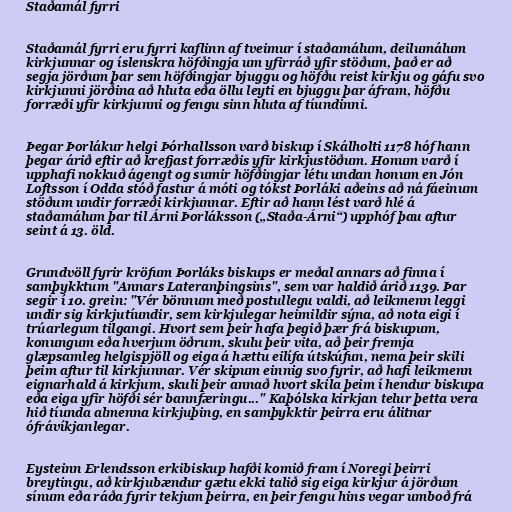
Staðamál fyrri

Staðamál fyrri eru fyrri kaflinn af tveimur í staðamálum, deilumálum
kirkjunnar og íslenskra höfðingja um yfirráð yfir stöðum, það er að
segja jörðum þar sem höfðingjar bjuggu og höfðu reist kirkju og gáfu svo
kirkjunni jörðina að hluta eða öllu leyti en bjuggu þar áfram, höfðu
forræði yfir kirkjunni og fengu sinn hluta af tíundinni.

Þegar Þorlákur helgi Þórhallsson varð biskup í Skálholti 1178 hóf hann
þegar árið eftir að krefjast forræðis yfir kirkjustöðum. Honum varð í
upphafi nokkuð ágengt og sumir höfðingjar létu undan honum en Jón
Loftsson í Odda stóð fastur á móti og tókst Þorláki aðeins að ná fáeinum
stöðum undir forræði kirkjunnar. Eftir að hann lést varð hlé á
staðamálum þar til Árni Þorláksson („Staða-Árni“) upphóf þau aftur
seint á 13. öld.

Grundvöll fyrir kröfum Þorláks biskups er meðal annars að finna í
samþykktum "Annars Lateranþingsins", sem var haldið árið 1139. Þar
segir í 10. grein: "Vér bönnum með postullegu valdi, að leikmenn leggi
undir sig kirkjutíundir, sem kirkjulegar heimildir sýna, að nota eigi í
trúarlegum tilgangi. Hvort sem þeir hafa þegið þær frá biskupum,
konungum eða hverjum öðrum, skulu þeir vita, að þeir fremja
glæpsamleg helgispjöll og eiga á hættu eilífa útskúfun, nema þeir skili
þeim aftur til kirkjunnar. Vér skipum einnig svo fyrir, að hafi leikmenn
eignarhald á kirkjum, skuli þeir annað hvort skila þeim í hendur biskupa
eða eiga yfir höfði sér bannfæringu..." Kaþólska kirkjan telur þetta vera
hið tíunda almenna kirkjuþing, en samþykktir þeirra eru álitnar
ófrávíkjanlegar.

Eysteinn Erlendsson erkibiskup hafði komið fram í Noregi þeirri
breytingu, að kirkjubændur gætu ekki talið sig eiga kirkjur á jörðum
sínum eða ráða fyrir tekjum þeirra, en þeir fengu hins vegar umboð frá